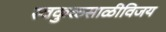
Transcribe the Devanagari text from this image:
स्वकुळसाळीविजय